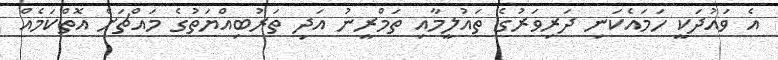
އެ ވައުދަކީ ހަމައެކަނި ދަރިވަރުގެ ތައުލީމާއި ތަމްރީނު އަދި ތަރުބިއްޔަތުގެ މައްޗަށް އޮތްކަމެއް